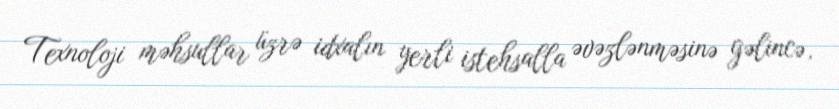
Texnoloji məhsullar üzrə idxalın yerli istehsalla əvəzlənməsinə gəlincə,